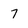
Character: 7